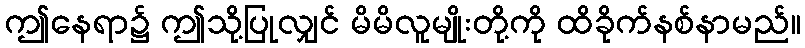
ဤနေရာ၌ ဤသို့ပြုလျှင် မိမိလူမျိုးတို့ကို ထိခိုက်နစ်နာမည်။